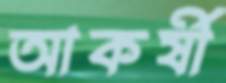
আকর্ষী